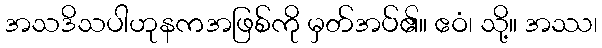
အသဒိသပါဟုနကအဖြစ်ကို မှတ်အပ်၏။ ဧဝံ၊ သို့။ အဿ၊